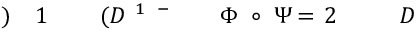
D \! \! \! \! \! \! \! \! \! \! \! \! _ { \! } \! \! \! \! \! \! \! \! \! \! \! 2 \! \! \! \! \! \! \! \! \! \! \! \! = \! \! \! \! \! \! \! \! \! \! \! \! \Psi \! \! \! \! \! \! \! \! \! \! \! \! \circ \! \! \! \! \! \! \! \! \! \! \! \! \Phi \! \! \! \! \! \! \! \! \! \! \! \! ^ { \! \! \! \! \! \! \! \! \! \! \! \! - \! \! \! \! \! \! \! \! \! \! \! \! 1 } \! \! \! \! \! \! \! \! \! \! \! \! ( D \! \! \! \! \! \! \! \! \! \! \! \! _ { \! } \! \! \! \! \! \! \! \! \! \! \! 1 \! \! \! \! \! \! \! \! \! \! \! \! ) \! \! \! \! \! \! \! \! \! \! \!